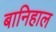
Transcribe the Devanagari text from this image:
बानिहाल